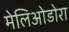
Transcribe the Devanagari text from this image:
मेलिओडोरा